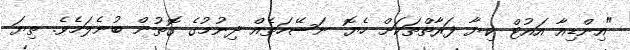
"އިންޑިއާ އައުޓް ކިޔާ ފަރާތްތަކަށް ހެޔޮ ނަސޭހަތެއް ދިނުމުގެ ގޮތުން ބުނެލަމެވެ. ތިޔަ